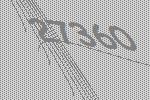
27360